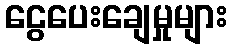
ငွေပေးချေမှုများ